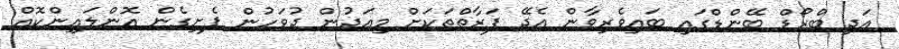
އަދި ބްރޯޑް ބޭންޑްގައި ބައިވެރިވާން އެދޭ ފަރާތްތަކަށް މިއަދުން ދުވަހުން ފެށިގެން އޮންލައިންކޮއް